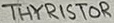
Text: THYRISTOR